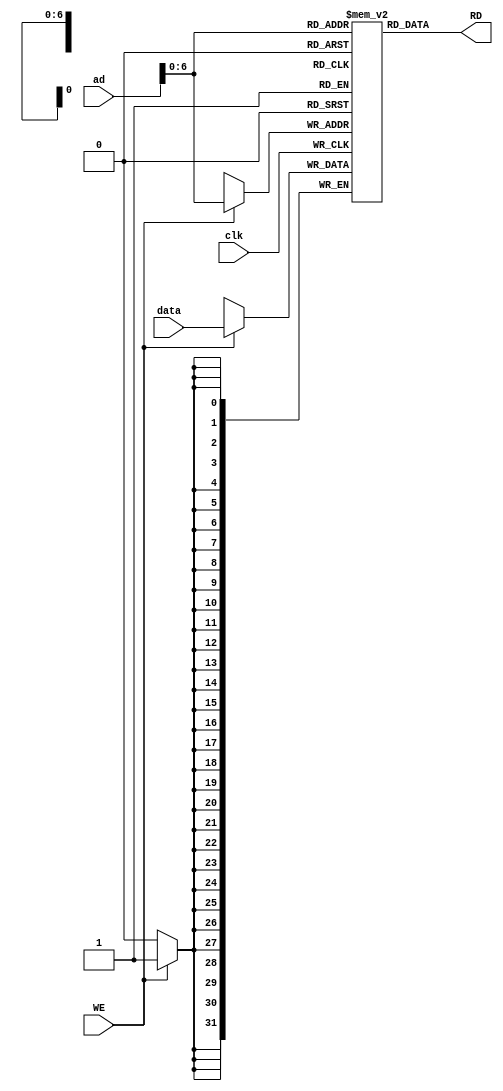
module memory(input [31:0] data,ad,input WE,clk, output reg [31:0] RD);

reg [31:0] mem [64:0];

always @(posedge clk)
	if(WE)
		mem[ad]<=data;
		

always @(*)
	RD=mem[ad];
	
endmodule